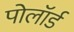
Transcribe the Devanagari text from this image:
पोलॉर्ड